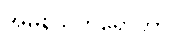
အမနသိကရောတာ